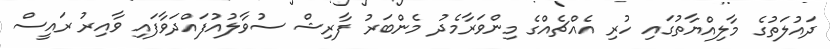
ދައުލަތުގެ މާލިއްޔާތުގައި ހުރި އެއްޗެއްގެ މިންވަރާމެދު މެންބަރު ފާރިޝް ސުވާލުއުފައްދަވާފައި ވާއިރު ރައީސް